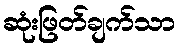
ဆုံးဖြတ်ချက်သာ